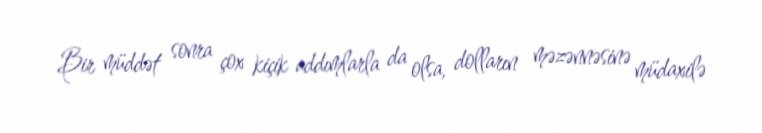
Bir müddət sonra çox kiçik addımlarla da olsa, dolların məzənnəsinə müdaxilə